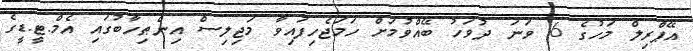
އޭޕްރިލް މަހުގެ 6 ވަނަ ދުވަހު ބޭއްވުމަށް ހަމަޖެހިފައިވާ މަޖިލިސް އިންޠިހާބުގައި އެމް.ޓީ.ޑީގެ